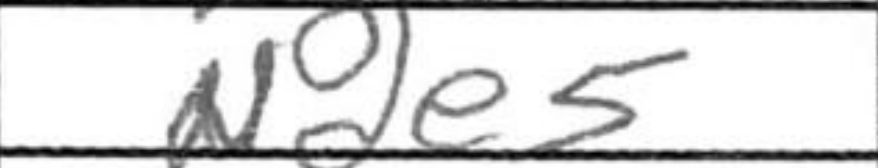
Transcription: Nde5